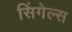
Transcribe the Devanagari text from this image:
सिंगेल्स